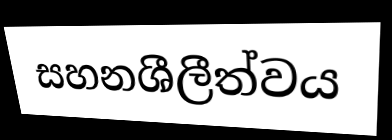
සහනශීලීත්වය